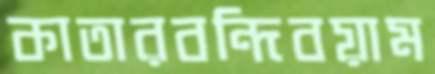
কাতারবন্দিবয়াম